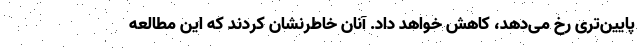
پایین‌تری رخ می‌دهد، کاهش خواهد داد. آنان خاطرنشان کردند که این مطالعه